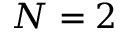
N = 2